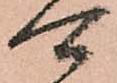
可